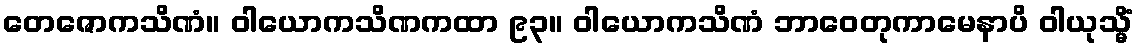
တေဇောကသိဏံ။ ဝါယောကသိဏကထာ ၉၃။ ဝါယောကသိဏံ ဘာဝေတုကာမေနာပိ ဝါယုသ္မိံ